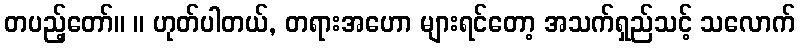
တပည့်တော်။ ။ ဟုတ်ပါတယ်, တရားအဟော များရင်တော့ အသက်ရှည်သင့် သလောက်